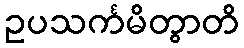
ဥပသင်္ကမိတွာတိ